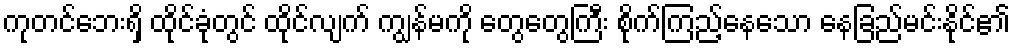
ကုတင်ဘေးရှိ ထိုင်ခုံတွင် ထိုင်လျက် ကျွန်မကို တွေတွေကြီး စိုက်ကြည့်နေသော နေခြည်မင်းနိုင်၏